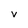
Character: v